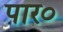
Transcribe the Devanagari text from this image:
पार०